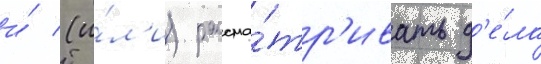
и́ (и́л'и) рассма́тр'ивать д'е́ла